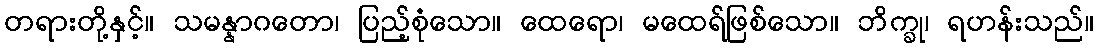
တရားတို့နှင့်။ သမန္နာဂတော၊ ပြည့်စုံသော။ ထေရော၊ မထေရ်ဖြစ်သော။ ဘိက္ခု၊ ရဟန်းသည်။